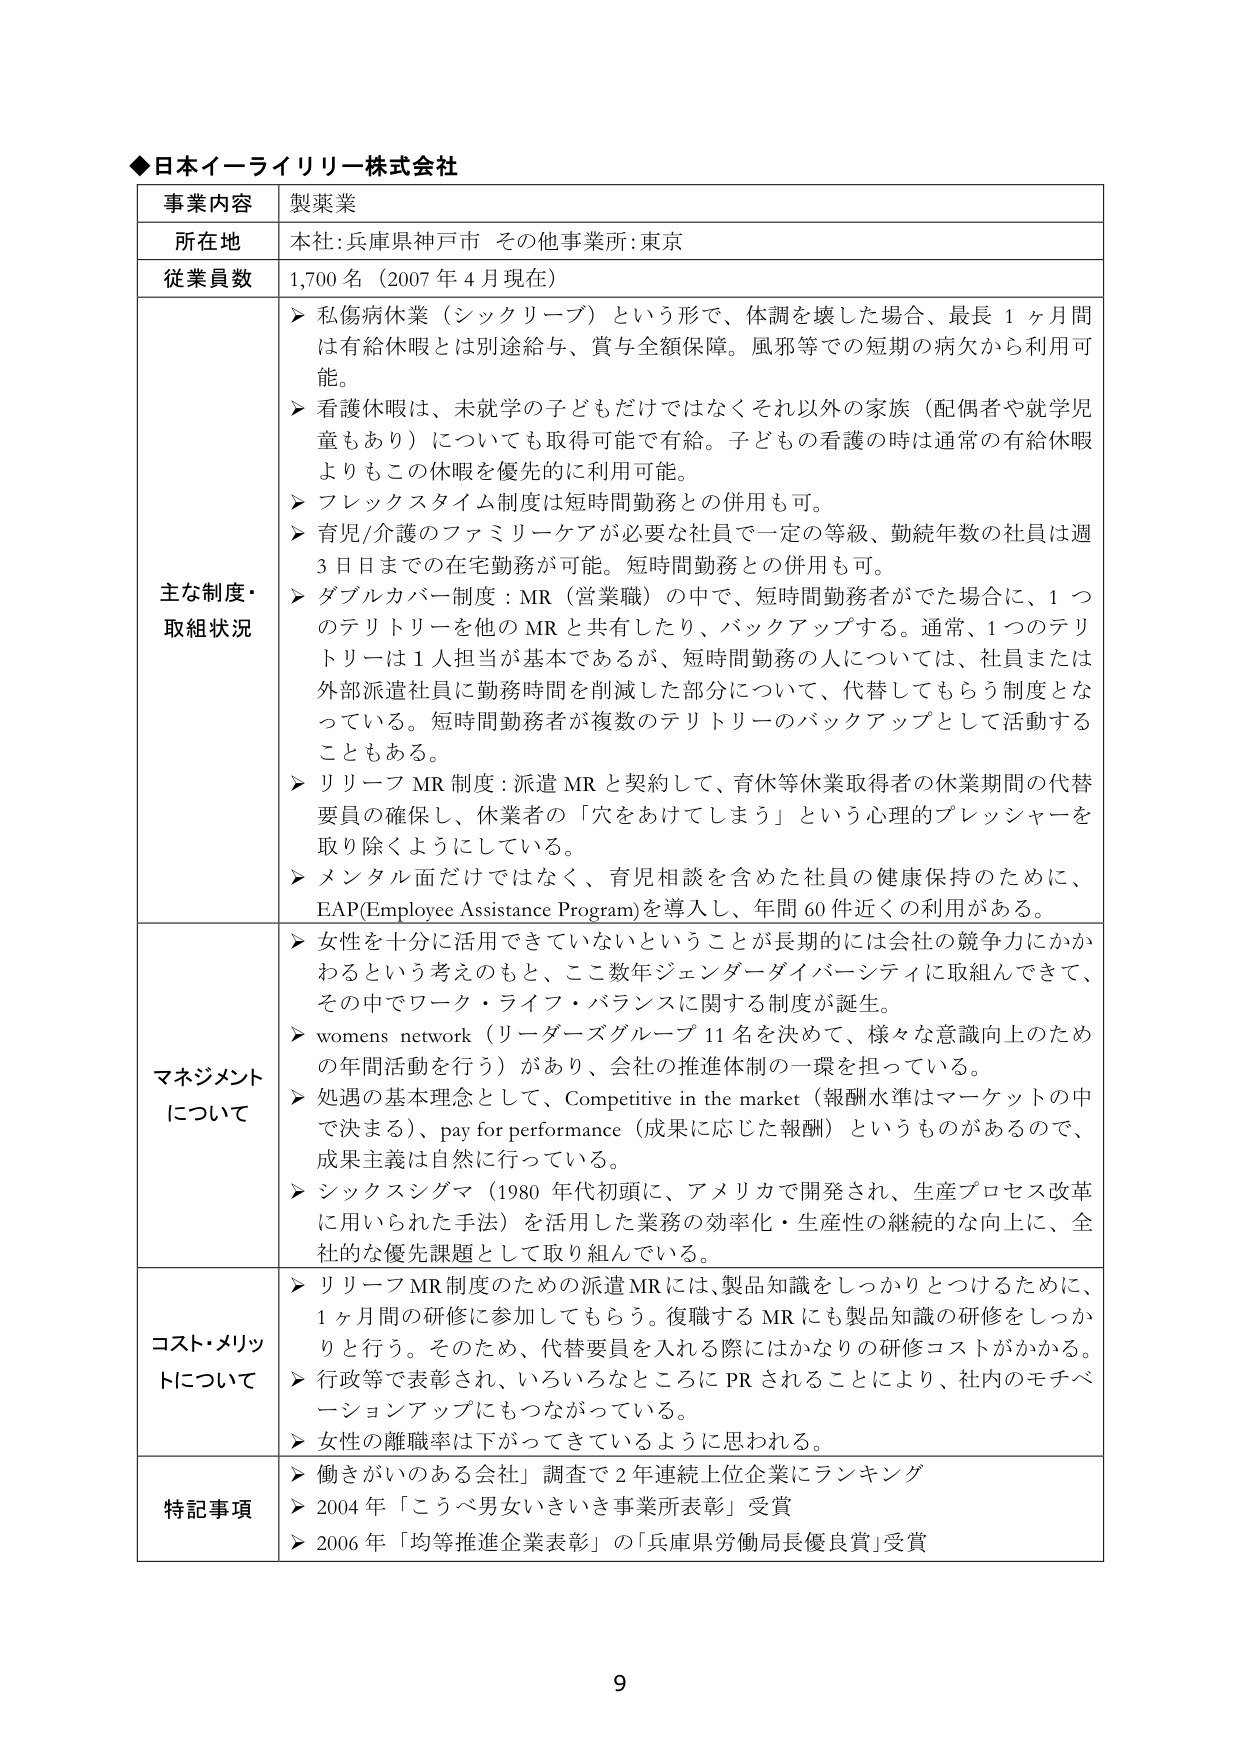
◆日本イーライリリー株式会社

事業内容　製薬業

所在地　本社:兵庫県神戸市　その他事業所:東京

従業員数　1,700名（2007年4月現在）

主な制度・取組状況
▶ 私傷病休業（シックリーブ）という形で、体調を壊した場合、最長1ヶ月間は有給休暇とは別途給与、賞与全額保障。風邪等での短期の病欠から利用可能。
▶ 看護休暇は、未就学の子どもだけではなくそれ以外の家族（配偶者や就学児童もあり）についても取得可能で有給。子どもの看護の時は通常の有給休暇よりもこの休暇を優先的に利用可能。
▶ フレックスタイム制度は短時間勤務との併用も可。
▶ 育児/介護のファミリーケアが必要な社員で一定の等級、勤続年数の社員は週3日目までの在宅勤務が可能。短時間勤務との併用も可。
▶ ダブルカバー制度：MR（営業職）の中で、短時間勤務者がでた場合に、1つのテリトリーを他のMRと共有したり、バックアップする。通常、1つのテリトリーは1人担当が基本であるが、短時間勤務の人については、社員または外部派遣社員に勤務時間を削減した部分について、代替してもらう制度となっている。短時間勤務者が複数のテリトリーのバックアップとして活動することもある。
▶ リリーフMR制度：派遣MRと契約して、育休等休業取得者の休業期間の代替要員の確保し、休業者の「穴をあけてしまう」という心理的プレッシャーを取り除くようにしている。
▶ メンタル面だけではなく、育児相談を含めた社員の健康保持のために、EAP(Employee Assistance Program)を導入し、年間60件近くの利用がある。

マネジメントについて
▶ 女性を十分に活用できていないということが長期的には会社の競争力にかかわるという考えのもと、ここ数年ジェンダーダイバーシティに取組んできて、その中でワーク・ライフ・バランスに関する制度が誕生。
▶ womens network（リーダーズグループ11名を決めて、様々な意識向上のための年間活動を行う）があり、会社の推進体制の一環を担っている。
▶ 処遇の基本理念として、Competitive in the market（報酬水準はマーケットの中で決まる）、pay for performance（成果に応じた報酬）というものがあるので、成果主義は自然に行っている。
▶ シックスシグマ（1980年代初頭に、アメリカで開発され、生産プロセス改革に用いられた手法）を活用した業務の効率化・生産性の継続的な向上に、全社的な優先課題として取り組んでいる。

コスト・メリットについて
▶ リリーフMR制度のための派遣MRには、製品知識をしっかりとするために、1ヶ月間の研修に参加してもらう。復職するMRにも製品知識の研修をしっかり行う。そのため、代替要員を入れる際にはかなりの研修コストがかかる。
▶ 行政等で表彰され、いろいろなところにPRされることにより、社内のモチベーションアップにもつながっている。
▶ 女性の離職率は下がってきているように思われる。

特記事項
▶ 働きがいのある会社」調査で2年連続上位企業にランキング
▶ 2004年「こうべ男女いきいき事業所表彰」受賞
▶ 2006年「均等推進企業表彰」の「兵庫県労働局長優良賞」受賞

9